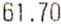
61.70